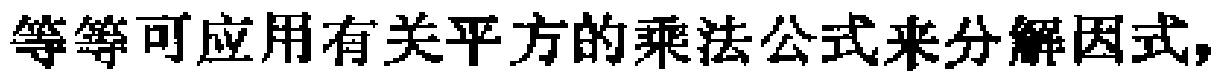
等等可应用有关平方的乘法公式来分解因式,